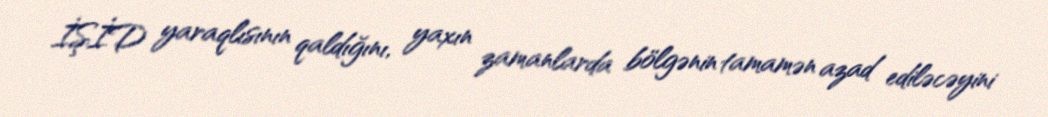
İŞİD yaraqlısının qaldığını, yaxın zamanlarda bölgənin tamamən azad ediləcəyini